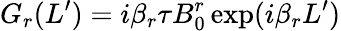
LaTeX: G_{r}(L^{\prime})=i\beta_{r}\tau B_{0}^{r}\exp(i\beta_{r}L^{\prime})